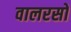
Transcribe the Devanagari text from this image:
वालरसों